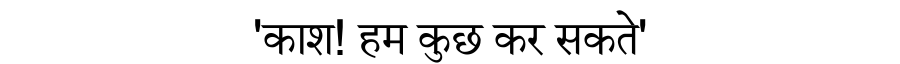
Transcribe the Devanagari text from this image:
'काश! हम कुछ कर सकते'